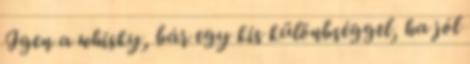
Igen a whisky, bár egy kis különbséggel, ha jól